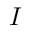
I